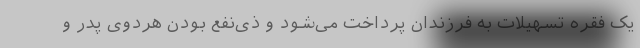
یک فقره تسهیلات به فرزندان پرداخت می‌شود و ذی‌نفع بودن هردوی پدر و